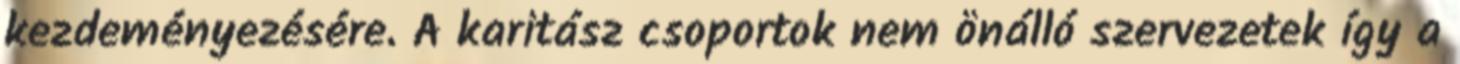
kezdeményezésére. A karitász csoportok nem önálló szervezetek így a